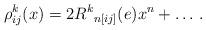
LaTeX: \begin{align*}\rho_{ij}^k(x) = 2 {R^k}_{n[ij]}(e) x^n + \ldots\, .\end{align*}